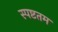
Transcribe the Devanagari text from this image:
स्पष्टतम